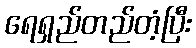
ရေရှည်တည်တံ့ပြီး